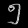
Digit: ၅